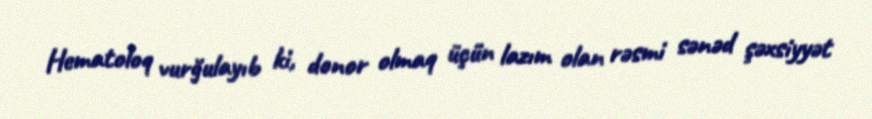
Hematoloq vurğulayıb ki, donor olmaq üçün lazım olan rəsmi sənəd şəxsiyyət